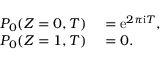
\begin{array} { r l } { P _ { 0 } ( Z = 0 , T ) } & { { } = \mathrm { e } ^ { 2 \pi \mathrm { i } T } , } \\ { P _ { 0 } ( Z = 1 , T ) } & { { } = 0 . } \end{array}